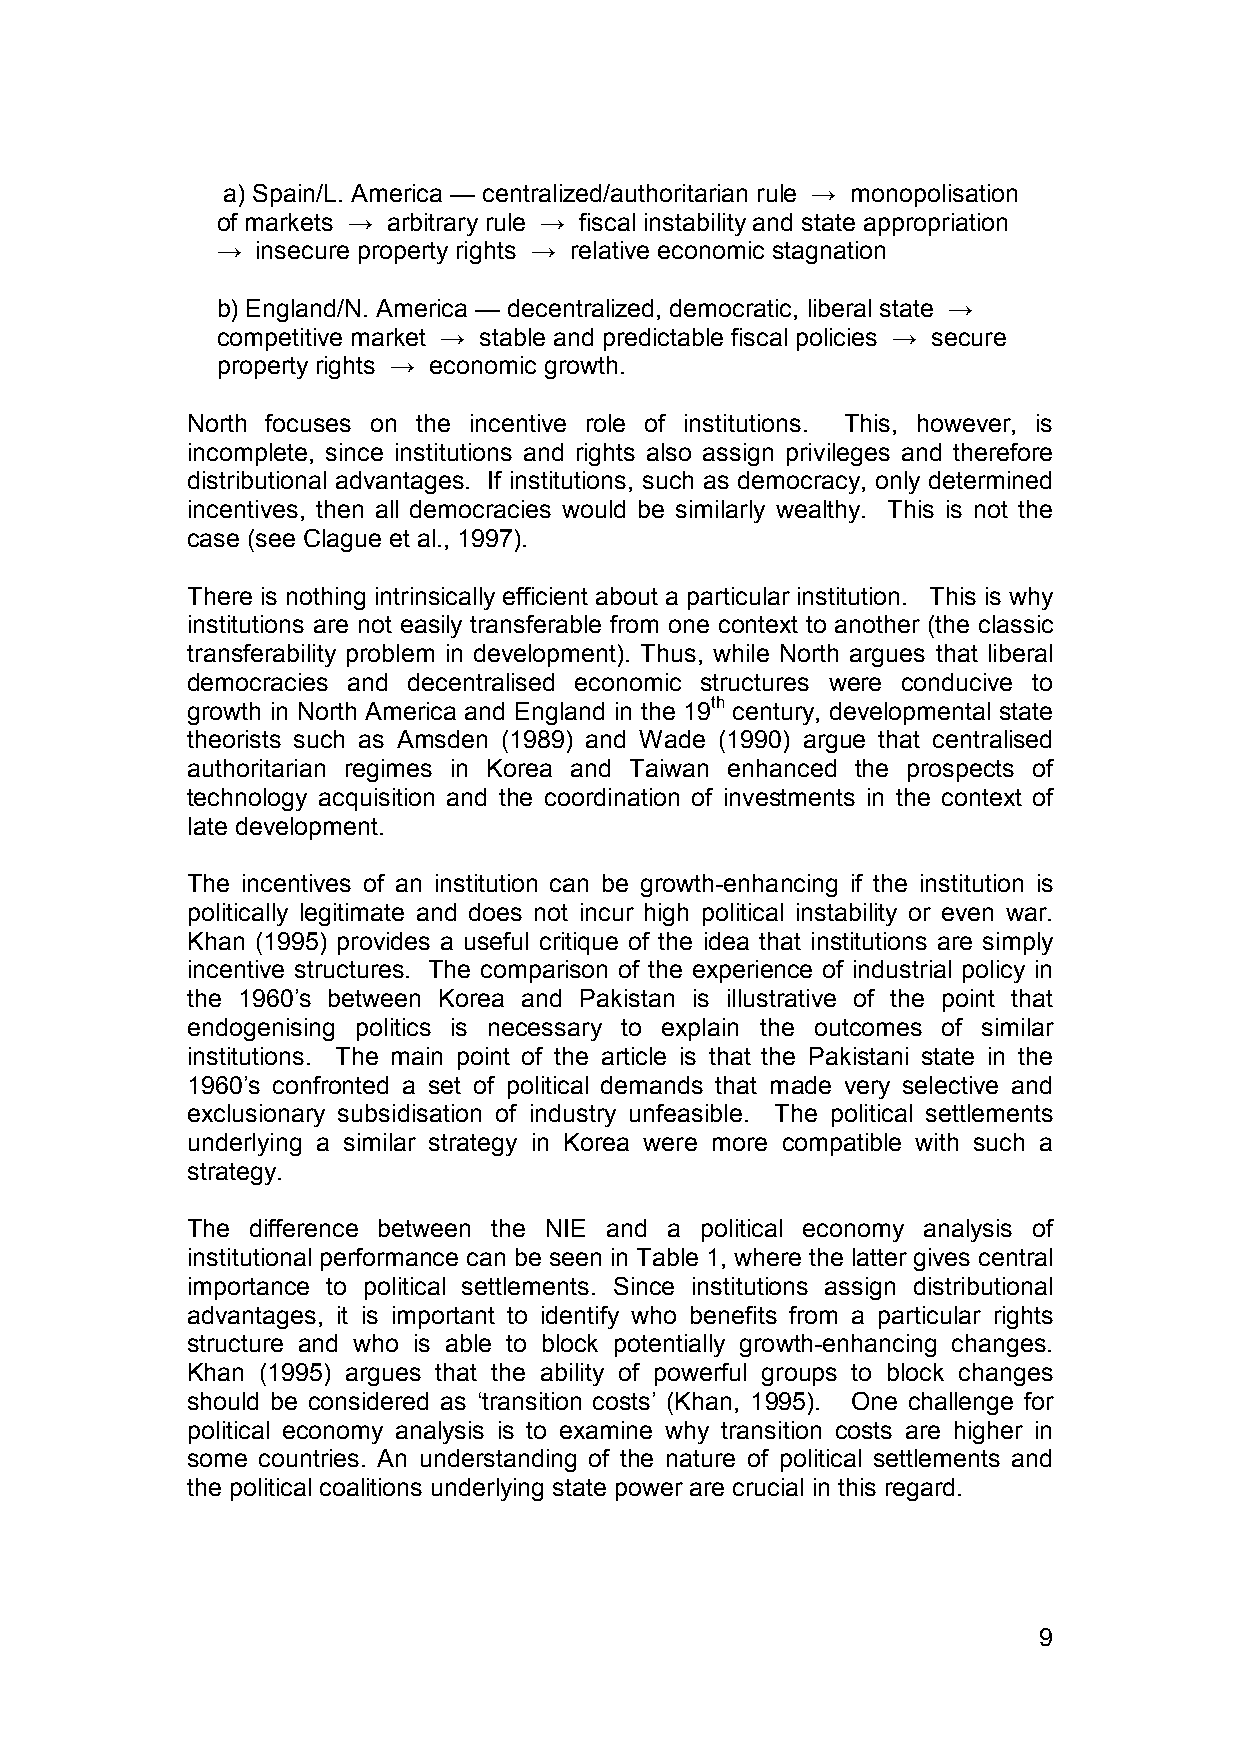
a) Spain/L. America — centralized/authoritarian rule → monopolisation
 of markets → arbitrary rule → fiscal instability and state appropriation
 →  insecure property rights → relative economic stagnation
 b) England/N. America — decentralized, democratic, liberal state →
 competitive market → stable and predictable fiscal policies → secure
 property rights → economic growth.
 North focuses on the incentive role of institutions. This, however, is
 incomplete, since institutions and rights also assign privileges and therefore
 distributional advantages. If institutions, such as democracy, only determined
 incentives, then all democracies would be similarly wealthy. This is not the
 case (see Clague et al., 1997).
 There is nothing intrinsically efficient about a particular institution. This is why
 institutions are not easily transferable from one context to another (the classic
 transferability problem in development). Thus, while North argues that liberal
 democracies and decentralised economic structures were conducive to
 growth in North America and England in the 19th century, developmental state
 theorists such as Amsden (1989) and Wade (1990) argue that centralised
 authoritarian regimes in Korea and Taiwan enhanced the prospects of
 technology acquisition and the coordination of investments in the context of
 late development.
 The incentives of an institution can be growth-enhancing if the institution is
 politically legitimate and does not incur high political instability or even war.
 Khan (1995) provides a useful critique of the idea that institutions are simply
 incentive structures. The comparison of the experience of industrial policy in
 the 1960’s between Korea and Pakistan is illustrative of the point that
 endogenising politics is necessary to explain the outcomes of similar
 institutions. The main point of the article is that the Pakistani state in the
 1960’s confronted a set of political demands that made very selective and
 exclusionary subsidisation of industry unfeasible. The political settlements
 underlying a similar strategy in Korea were more compatible with such a
 strategy.
 The  difference between the NIE and a political economy analysis of
 institutional performance can be seen in Table 1, where the latter gives central
 importance to political settlements. Since institutions assign distributional
 advantages, it is important to identify who benefits from a particular rights
 structure and who is able to block potentially growth-enhancing changes.
 Khan (1995) argues that the ability of powerful groups to block changes
 should be considered as ‘transition costs’ (Khan, 1995). One challenge for
 political economy analysis is to examine why transition costs are higher in
 some countries. An understanding of the nature of political settlements and
 the political coalitions underlying state power are crucial in this regard.
 9